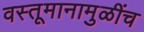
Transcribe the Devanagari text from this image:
वस्तूमानामुळींच